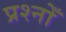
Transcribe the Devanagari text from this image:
प्रश्नोँ